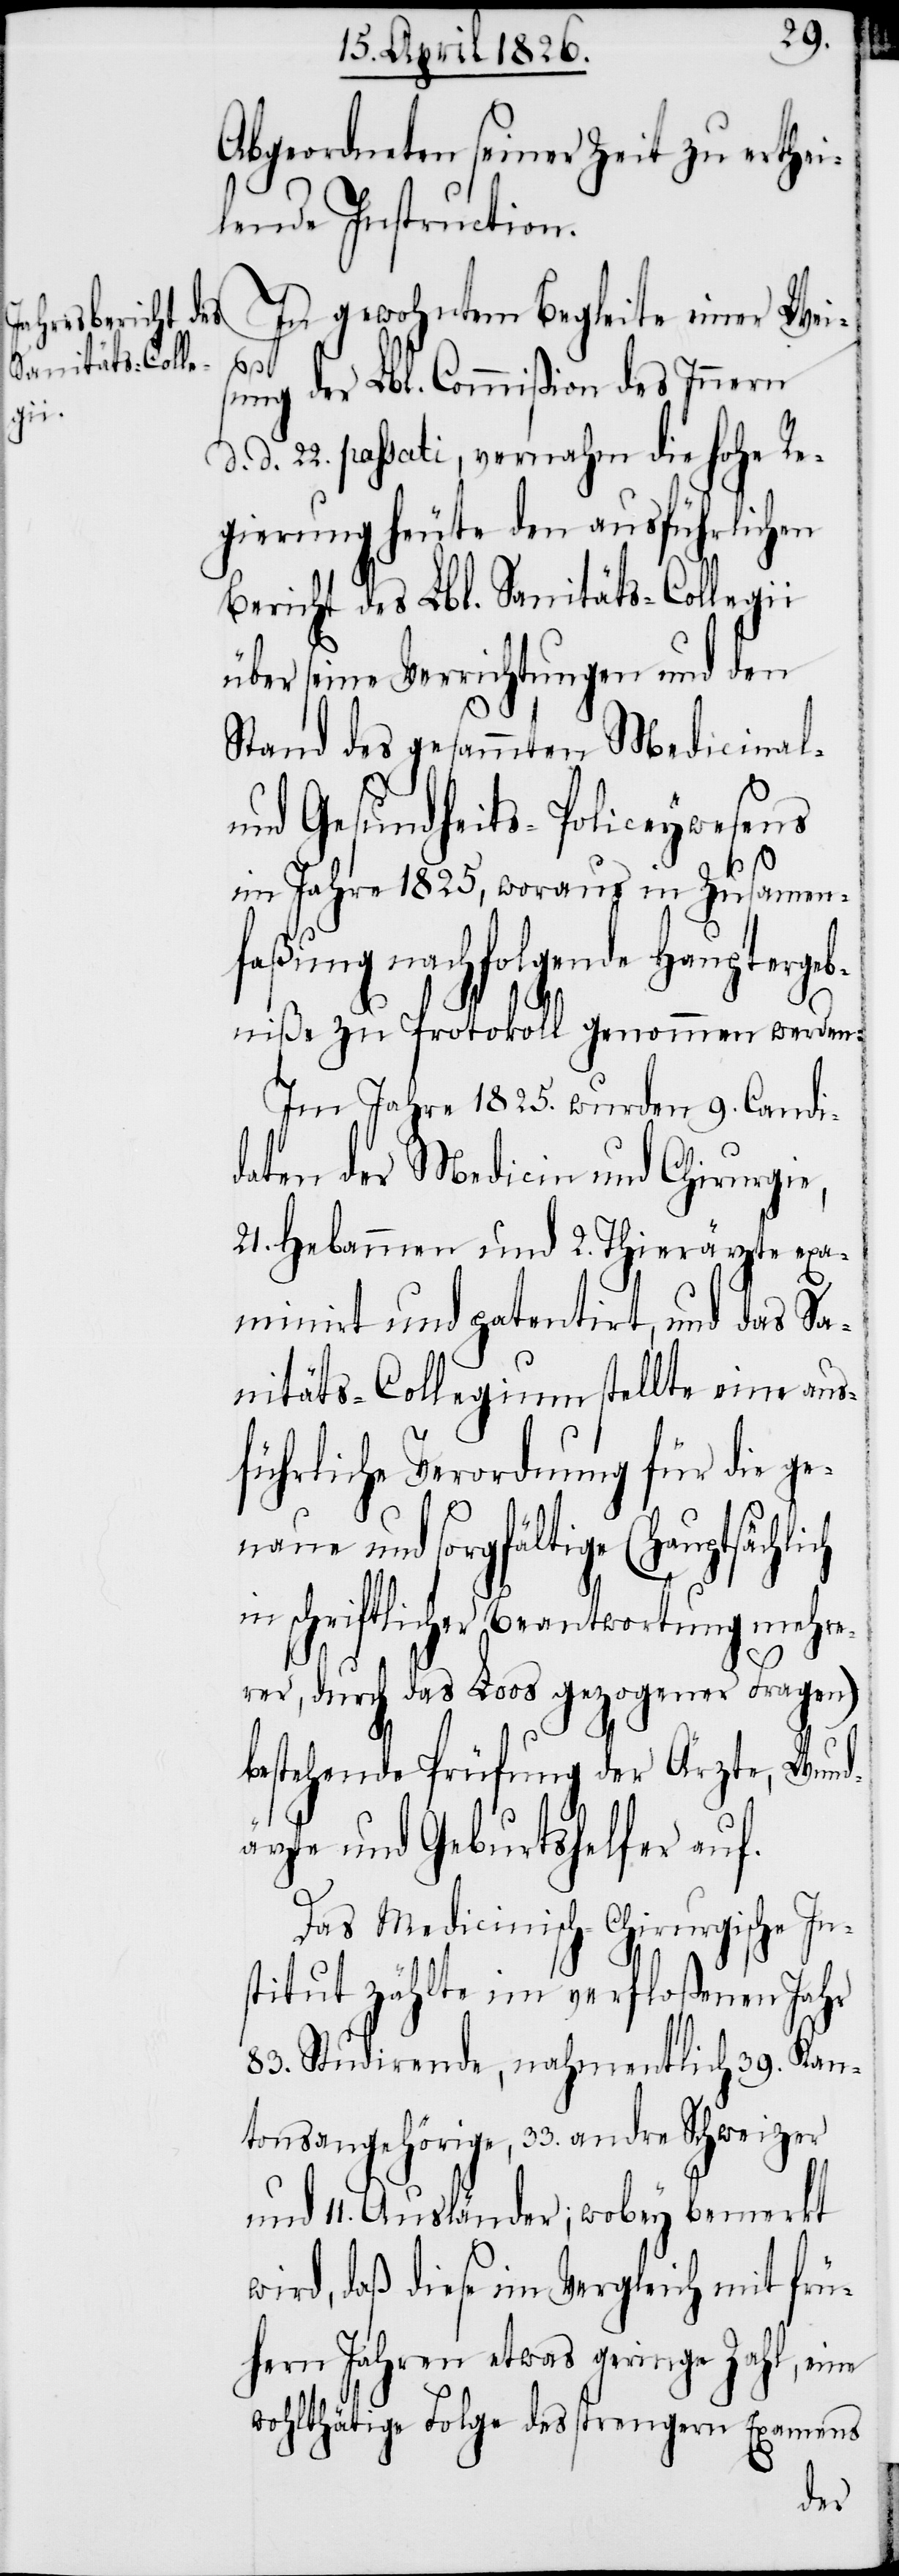
Abgeordneten seiner Zeit zu erthei¬
lende Instruction.
In gewohntem Begleite einer Wei¬
ch
sung der Lbl. Commißion des Innern
d. d. 22. passati, vernahm die hohe Re¬
gierung heute den ausführlichen
Bericht des Lbl. Sanitäts-Collegii
über seine Verrichtungen und den
Stand des gesammten Medicinal-
und Gesundheits-Policeywesens
im Jahre 1825, woraus in Zusammen¬
faßung nachfolgende Hauptergeb¬
niße zu Protokoll genommen werden:
Im Jahre 1825. wurden 9. Candi¬
daten der Medicin und Chirurgie,
21. Hebammen und 2. Thierärzte exam¬
inirt und patentirt, und das Sa¬
nitäts-Collegium stellt eine aus¬
führliche Verordnung für die ge¬
naue und sorgfältige (hauptsächli¬
schriftlicher Beantwortung mehr¬
erer, durch das Loos gezogener Fragen)
bestehende Prüfung der Ärzte, Wund¬
ärzte und Geburtshelfer auf.
Das Medicinisch-Chirurgische In¬
stitut zählte im verfloßenen Jahr
83. Studirende, nahmentlich 39. Kan¬
tonsangehörige, 33. andre Schweizer
und 11. Ausländer; wobey bemerkt
wird, daß diese im Vergleich mit frü¬
hern Jahren etwas geringe Zahl, eine
wohlthätige Folge des strengen Examens